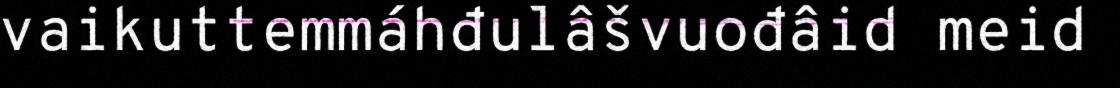
vaikuttemmáhđulâšvuođâid meid